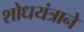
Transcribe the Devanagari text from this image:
शोधयंत्राने